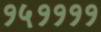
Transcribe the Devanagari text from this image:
१५११११